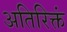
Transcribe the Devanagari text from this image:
अतिरिक्तं